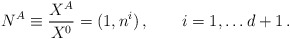
\begin{align*}N^A \equiv {X^A\over X^0} = (1, n^i)\,,\qquad i = 1, \dots d+1\,.\end{align*}